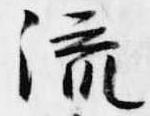
流